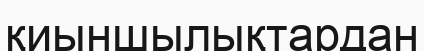
қиыншылықтардан